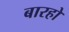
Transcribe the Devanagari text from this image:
बारहो